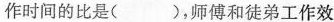
作时间的比是()，师傅和徒弟工作效